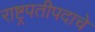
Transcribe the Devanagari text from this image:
राष्ट्रपतीपदाचे